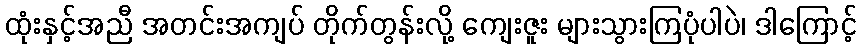
ထုံးနှင့်အညီ အတင်းအကျပ် တိုက်တွန်းလို့ ကျေးဇူး များသွားကြပုံပါပဲ၊ ဒါကြောင့်